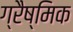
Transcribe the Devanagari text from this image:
ग्रैष्मिक